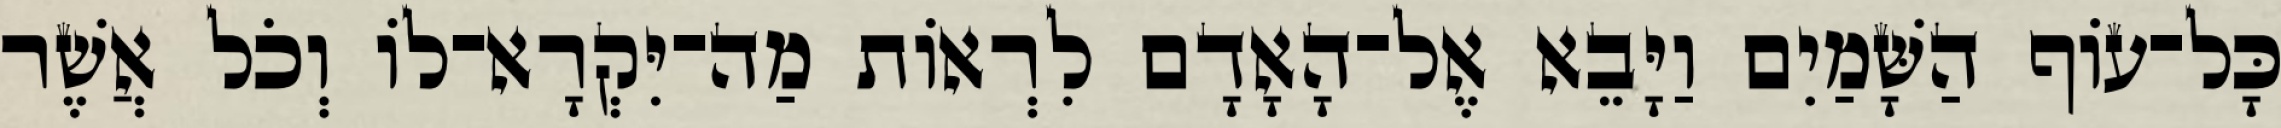
כָּל־עֹוף הַשָּׁמַיִם וַיָּבֵא אֶל־הָאָדָם לִרְאֹות מַה־יִּקְרָא־לֹו וְכֹל אֲשֶׁר